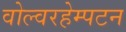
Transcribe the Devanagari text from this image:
वोल्वरहेम्पटन